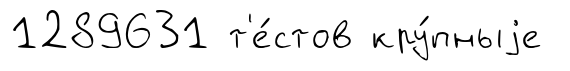
1289631 т'е́стов кру́пныjе